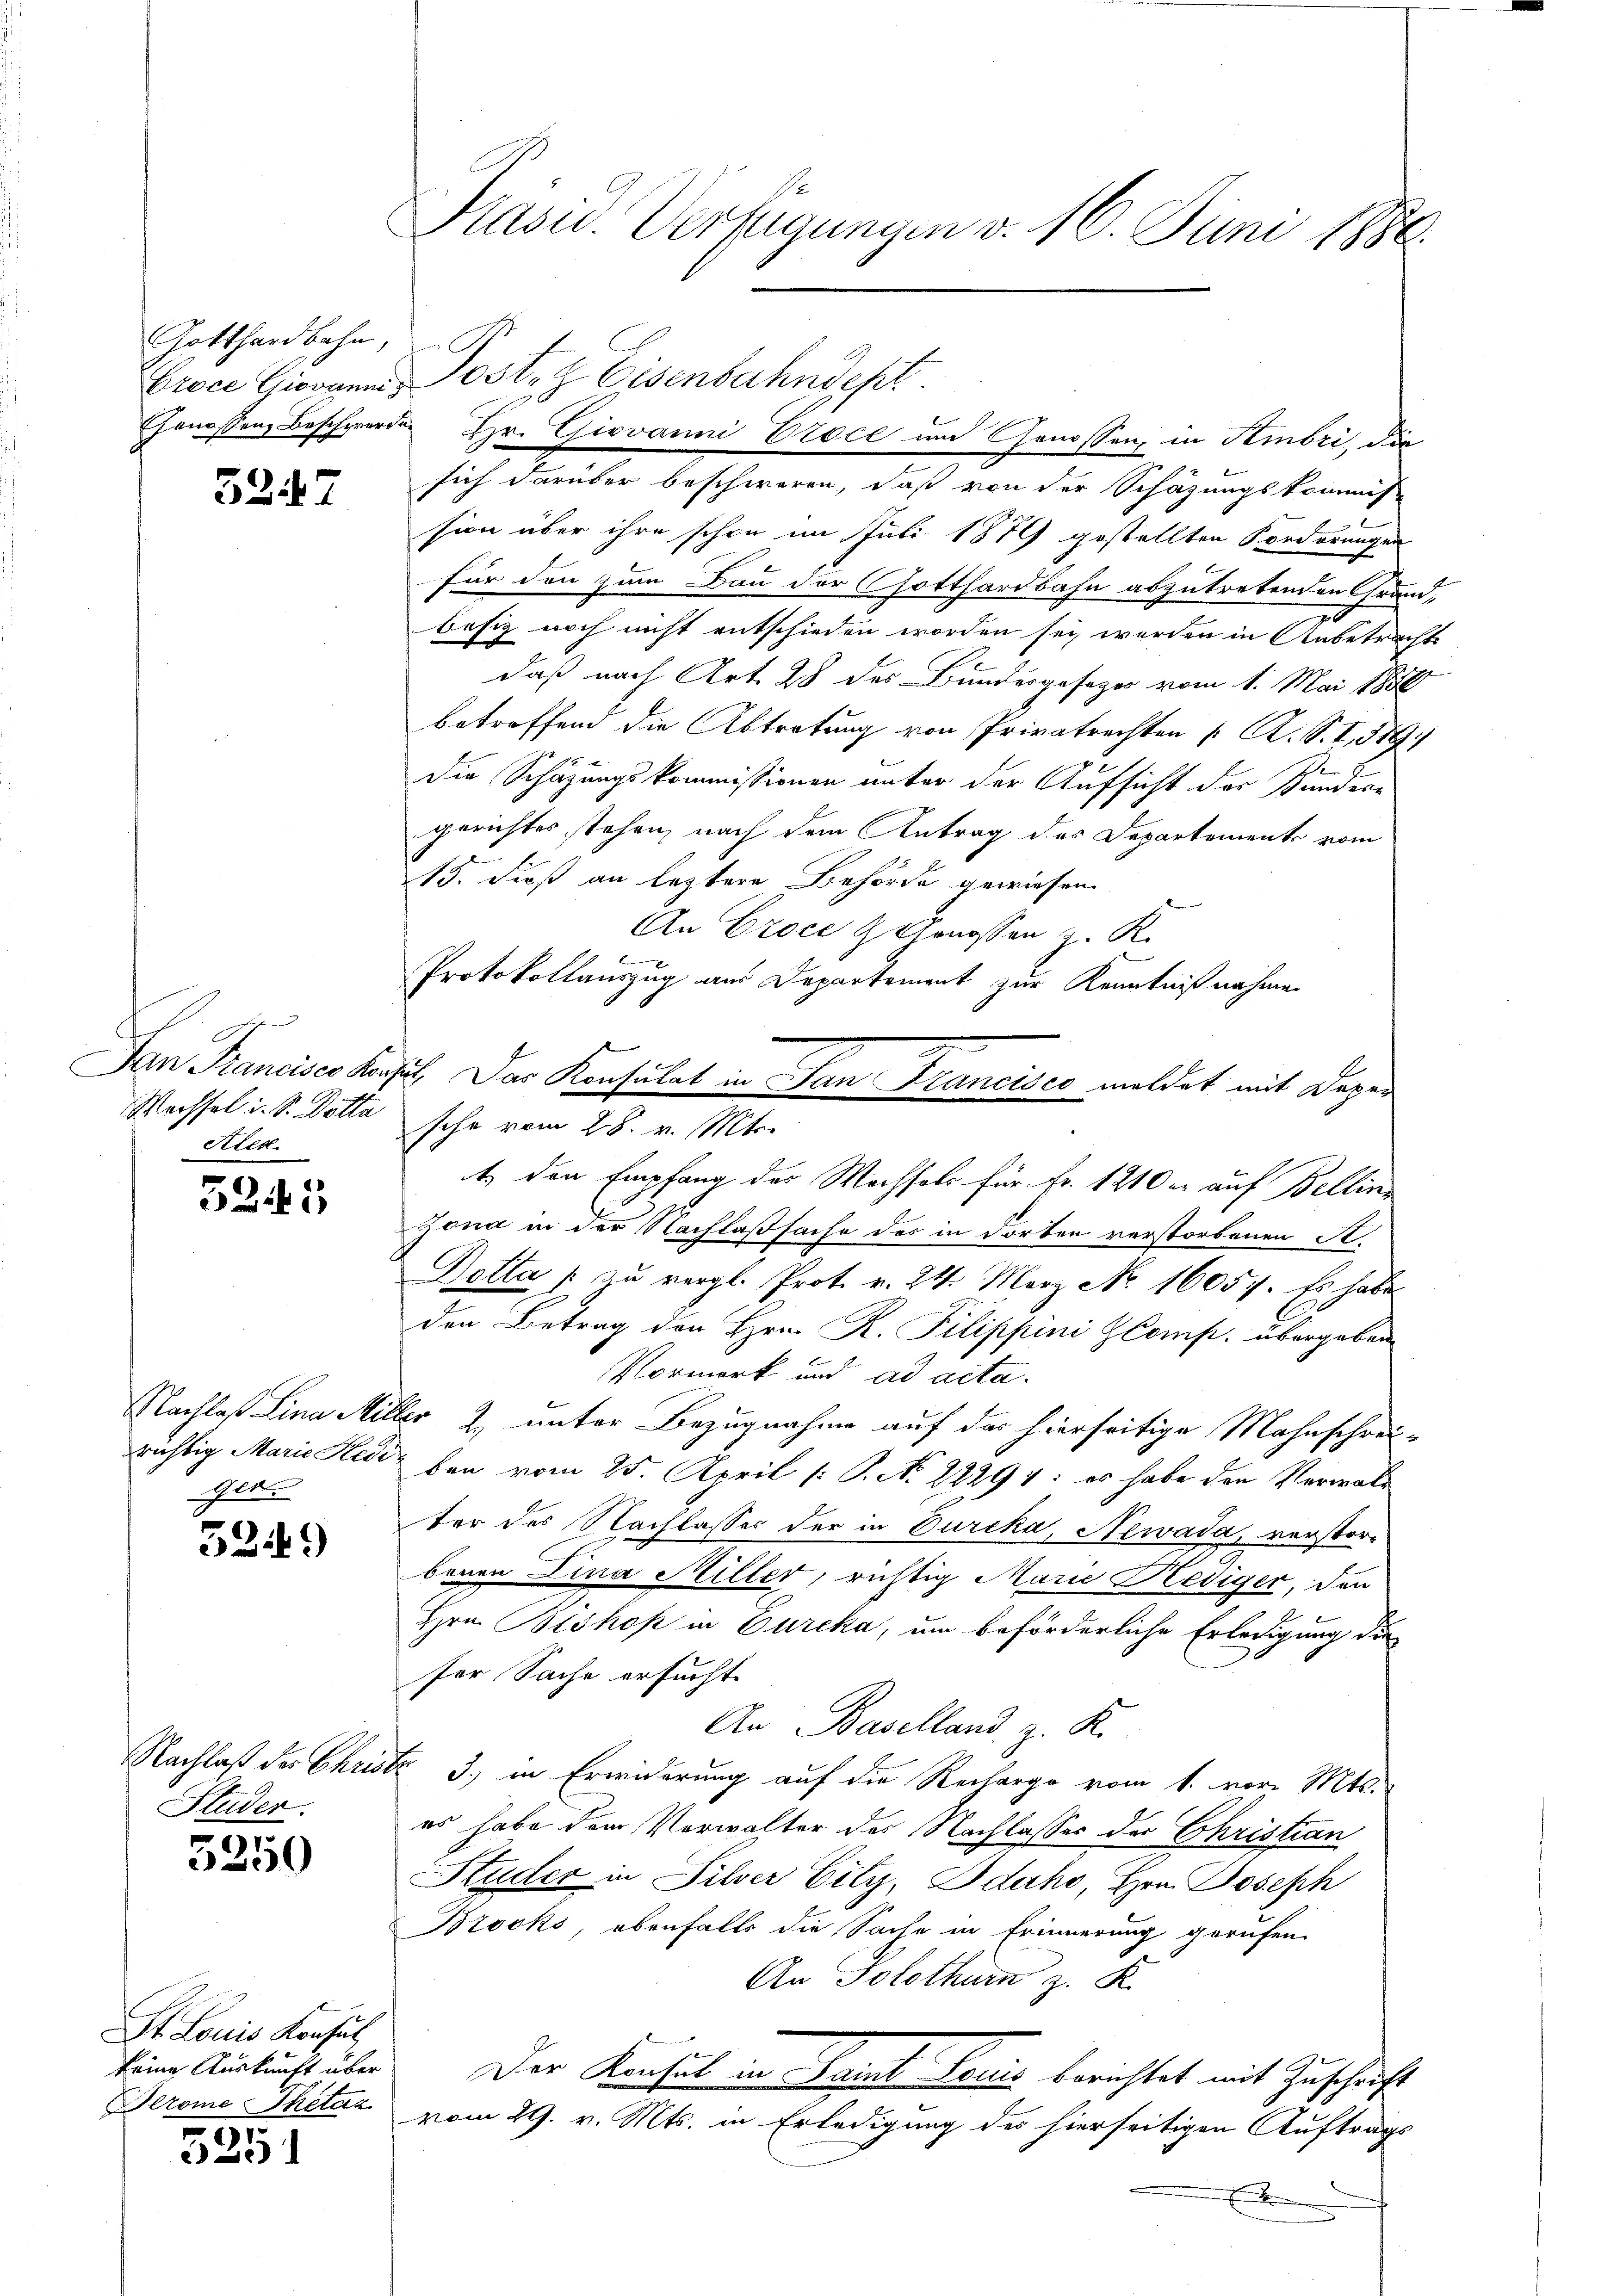
Gotthardbahn,

5247

2
Wechsel i. S. Dotta
Ried.

5245

Gert

5249)

Studer.

5250

St. Louis Konsul
keine Auskunft über
Prome Thetaz

5251

Präsid. Verfügungen v. 16. Juni 1880.

Croce Giovanna Post- & Eisenbahndept.
Genossen Beschwerde Hr. Giovanni Proce und Genossen, in Hinbri, die
sich darüber beschweren, daß von der Schazungskommis-
sion über ihre schon im Juli 1879 gestellten Forderungen
für den zum Bau der Gotthardbahn abzutretenden Grund-
besiz noch nicht entschieden worden sei, werden in Anbetrachte
daß nach Art. 28 des Bundesgesezes vom 1. Mai 1880
betreffend die Abtretung von Privatrechten [ A. S. I., 579.
die Schäzungskommissionen unter der Aufsicht der Bunden
gerichtes stehen, nach dem Antrag des Departemente vom
c
13. dieß an leztere Behörde gewiesen.
An Croce H. Genossen z. R.
Protokollauszug aus Departement zur Kenntnißnahmen
sche vom 28. v. Mts.
t. den Empfang des Wachsels für Fr. 1210 er auf Bellin
zona in der Nachlaßsache der in dorten verstorbenen A.
Betta p zu vergl. Prot. v. 24. März No. 16057. Es habe
den Betrag den Hrn. R. Pilippini Comp. übergeben
Vormerk und ad acta.
Nachlaß Lina Miller 2. unter Bezugnahme auf der hierseitige Mahnschreirichtig Marie Hedi ben vom 25. April [ P. Nr. 22294: es habe den Verwalter des Nachlasser der in Durcha, Newada, verstorbenen Lina Miller, richtig Marie Hediger, den
i
Hrn. Bishof in Eureka, um beförderliche Erledigung die
ser Sache ersucht.
An Baselland z. K.
Nachlaß der Christz 3) in Erwiderung auf die Rechargo vom 1. vor. Mts.
es habe dem Verwalter des Nachlasses der Christian
Studer in Silver City, Idaho, Hrn. Joseph
Brooks, ebenfalls die Sache in Erinnerung gerufen.
An Solothurn z. K.
Der Kausul in Saint Louis berichtet mit Zuschrift
vom 29. v. Mts. in Erledigung des hierseitigen Auftrags
E

Jan Prancises Konsil. Das Konsulat in San Francisco meldet mit Depar